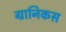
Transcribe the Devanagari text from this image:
ग्रानिकस